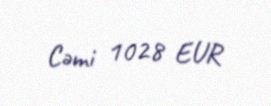
Cəmi 1028 EUR